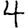
Digit: 4